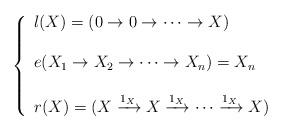
LaTeX: \begin{align*}\left\{ \begin{array}{lll} l(X)=(0\to 0\to \cdots \to X) & \hbox{} \\ & \hbox{} \\ e(X_1\to X_2\to \cdots \to X_n)=X_n & \hbox{} \\ & \hbox{} \\ r(X)=(X\xrightarrow{1_{X}} X\xrightarrow{1_{X}} \cdots \xrightarrow{1_{X}} X) & \hbox{} \end{array}\right.\end{align*}